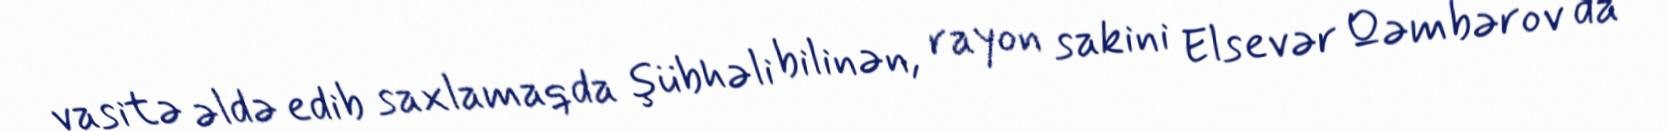
vasitə əldə edib saxlamaqda şübhəli bilinən, rayon sakini Elsevər Qəmbərov da